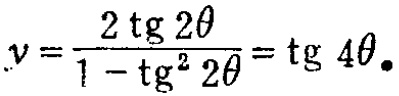
\(v = \frac{2 \operatorname{tg} 2\theta}{1 - \operatorname{tg}^{2} 2\theta} = \operatorname{tg} 4\theta.\)